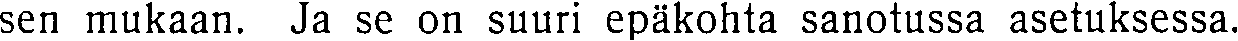
sen mukaan. Ja se on suuri epäkohta sanotussa asetuksessa.